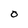
Character: O